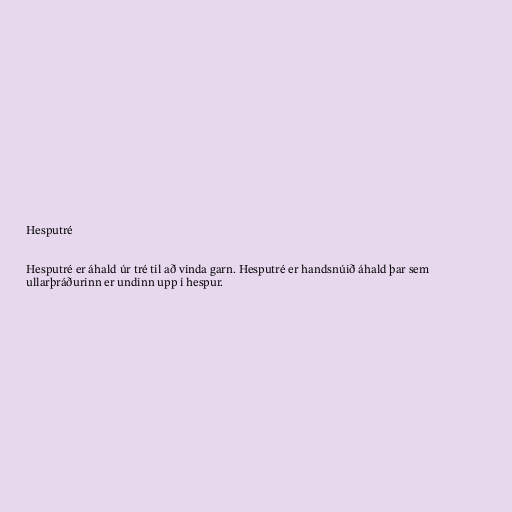
Hesputré

Hesputré er áhald úr tré til að vinda garn. Hesputré er handsnúið áhald þar sem
ullarþráðurinn er undinn upp í hespur.